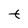
Character: t